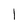
Character: 1